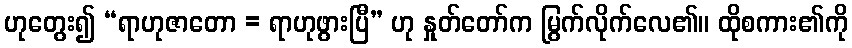
ဟုတွေး၍ “ရာဟုဇာတော = ရာဟုဖွားပြီ” ဟု နှုတ်တော်က မြွက်လိုက်လေ၏။ ထိုစကား၏ကို